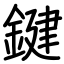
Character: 鍵